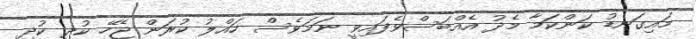
މައިގަނޑު ކަންކަމާ މެދު އެއްބަސްވެފައިވީ ނަމަވެސް ހައްލު ކުރަން ޖެހޭ ކުދި ކުދި